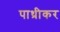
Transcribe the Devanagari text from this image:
पाथ्रीकर